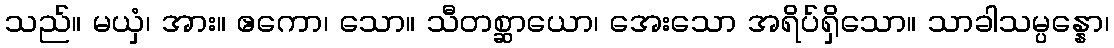
သည်။ မယှံ၊ အား။ ဧကော၊ သော။ သီတစ္ဆာယော၊ အေးသော အရိပ်ရှိသော။ သာခါသမ္ပန္နော၊